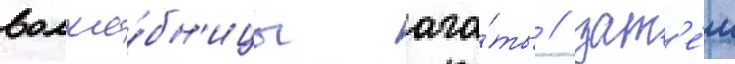
волше́бн'ицы ага́ты / зат'е́м